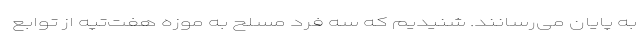
به پایان می‌رسانند. شنیدیم که سه فرد مسلح به موزه هفت‌تپه از توابع